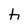
Character: h